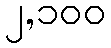
၂,၁၀၀